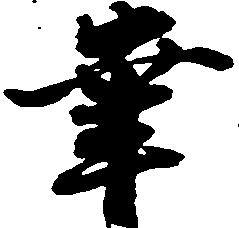
幸